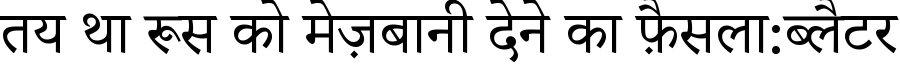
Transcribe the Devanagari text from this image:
तय था रूस को मेज़बानी देने का फ़ैसला:ब्लैटर